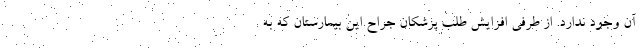
آن وجود ندارد. از طرفی افزایش طلب پزشکان جراح این بیمارستان که به